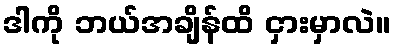
ဒါကို ဘယ်အချိန်ထိ ငှားမှာလဲ။